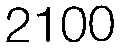
2100